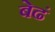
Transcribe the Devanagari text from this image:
बेढं